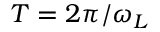
T = 2 \pi / \omega _ { L }